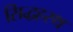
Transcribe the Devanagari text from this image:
सिद्धहस्थ